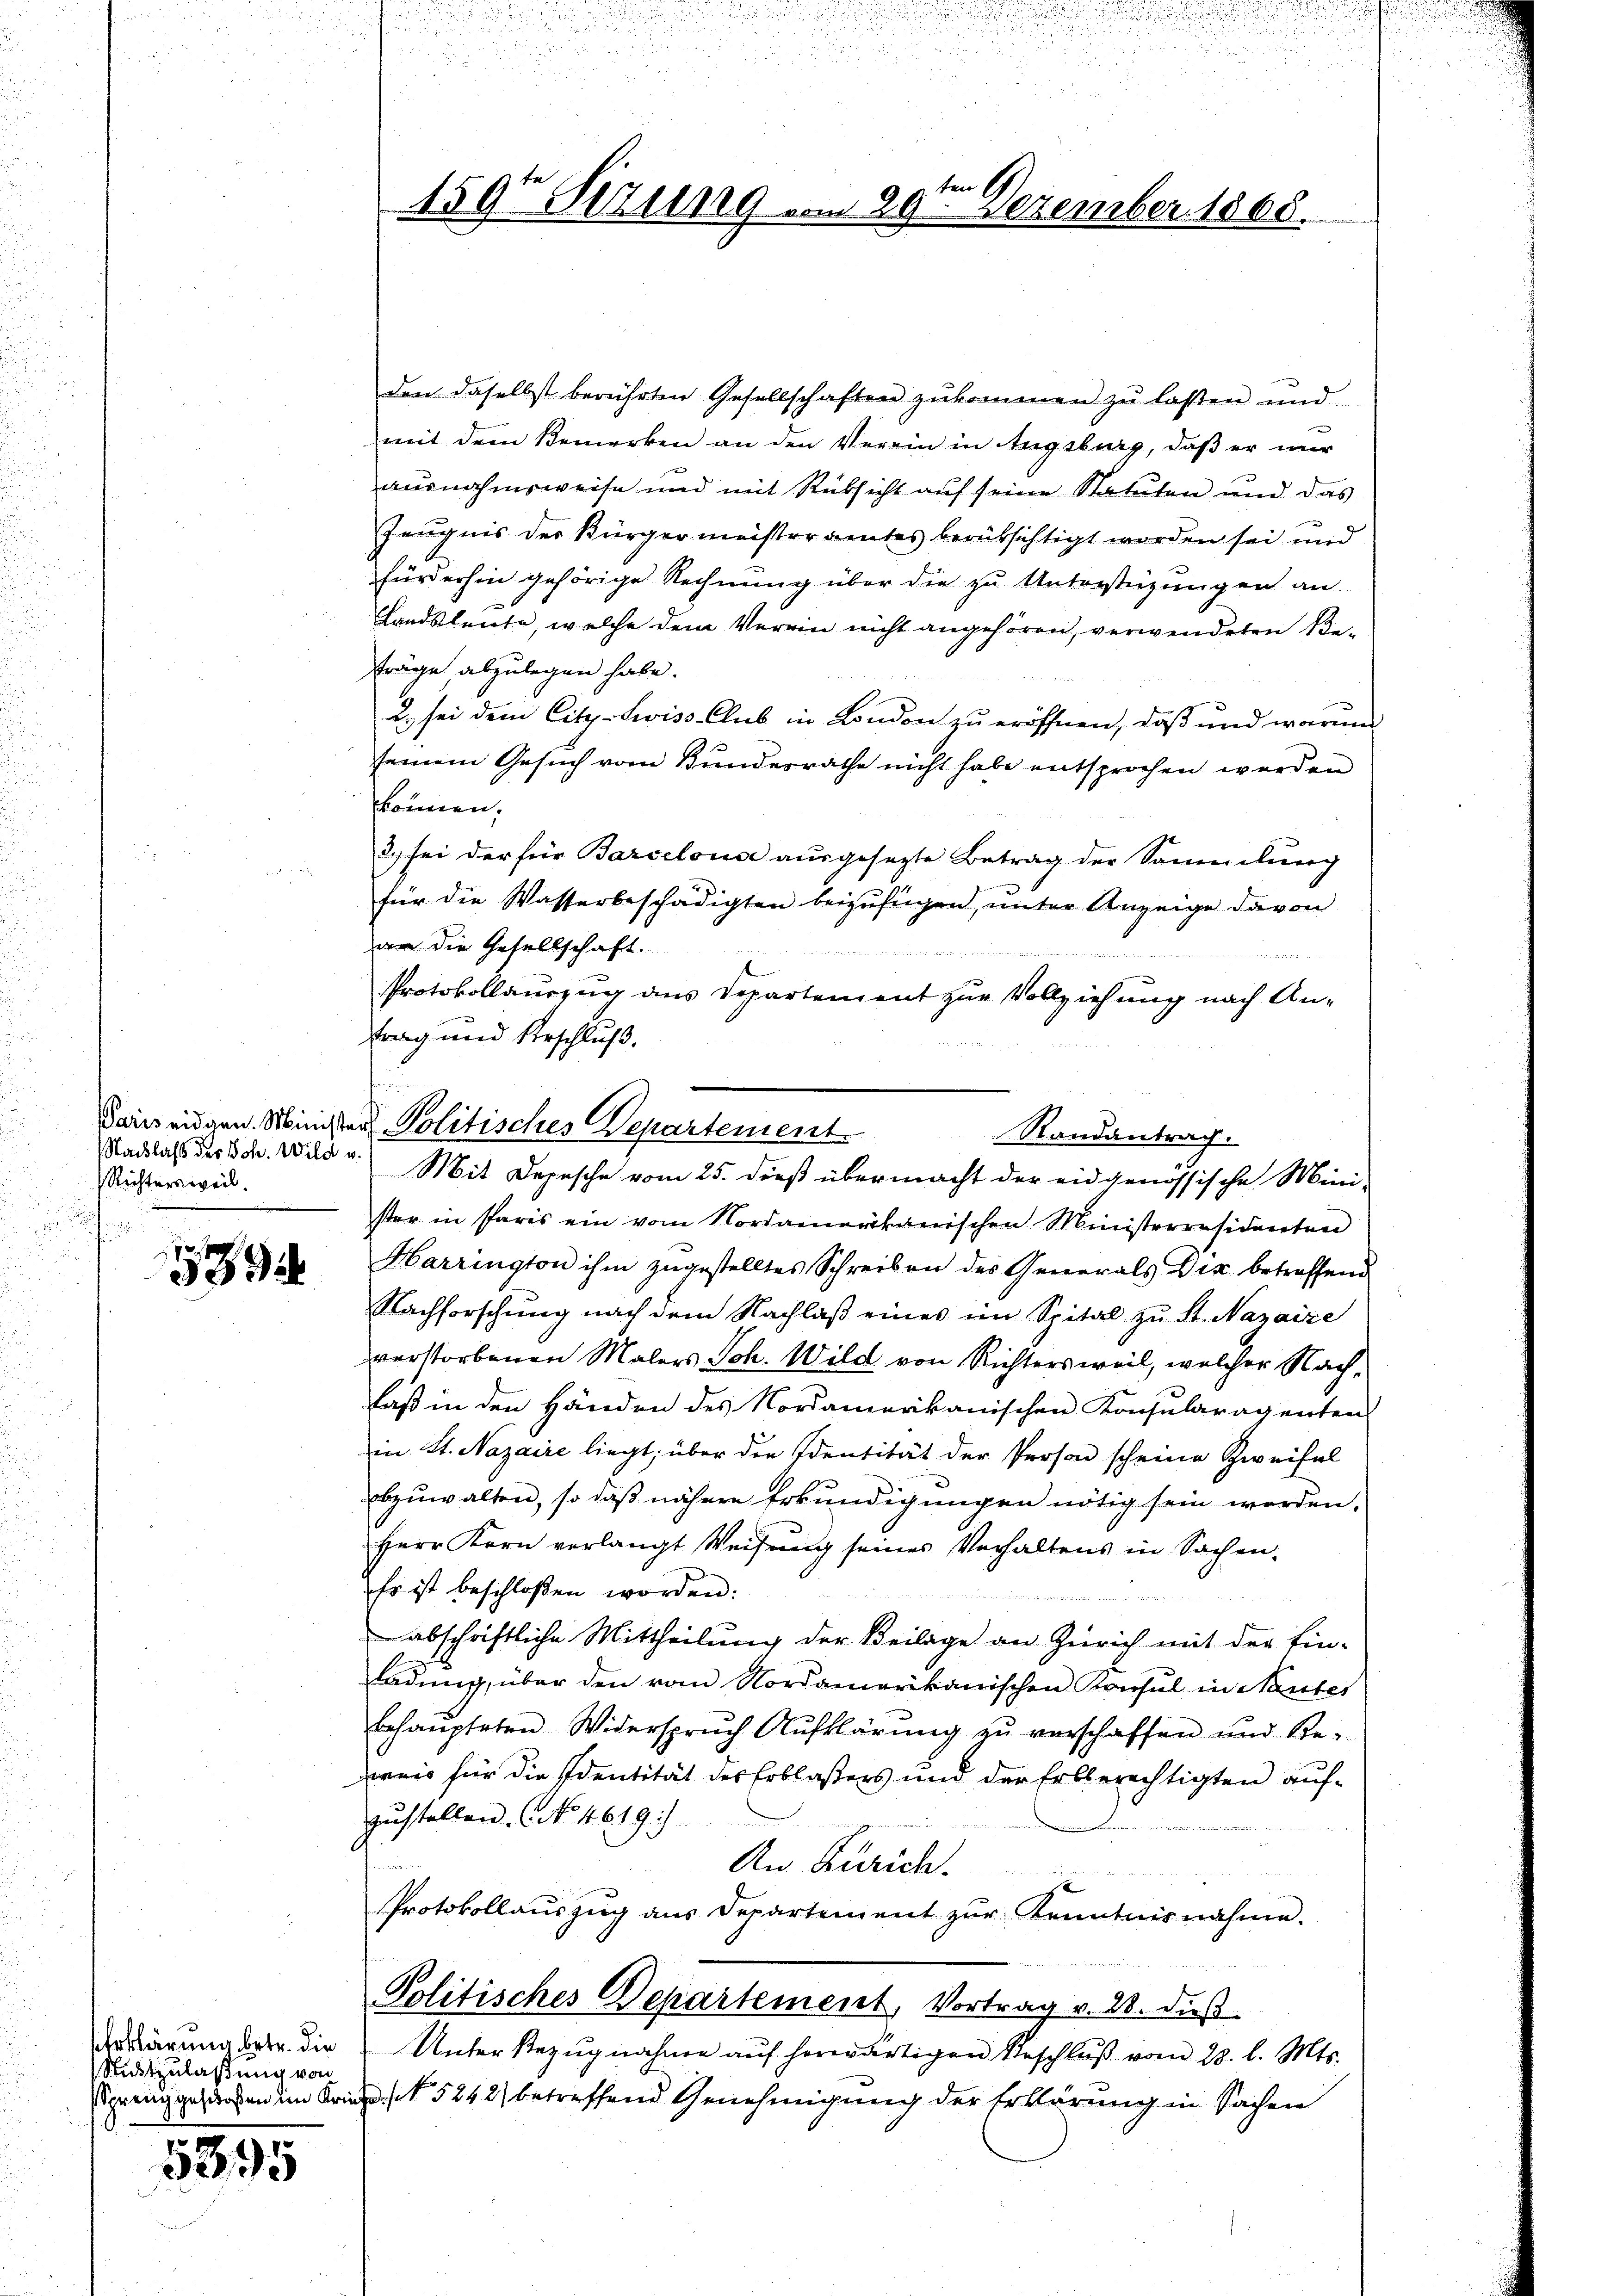
Paris eidgen. Ministe
Nachlaß des Joh. Wild u.
Rechtersweil.

9

Erklärung betr. die
Nutzulaßung von
Spreng geschoßen im Krie¬

5395

s

e
1597 Stzung vom 29. Dezember 1865.

n
u Politisches Departement
Randantrag.
Mit Depesche vom 25. dieß übermacht der eidgenössische Mini-

d

den daselbst berührten Gesellschaften zŭkommen zŭ lassen und
mit dem Bemerken an den Verein in Augsburg, daβ er nur
ausnahmsweise und mit Rüksicht auf seine Statuten und das
Zeugnis der Bürgermeisteramtes berüksichtigt worden sei und
fürderhin gehörige Rechnung über die zu Unterstüzungen an
Landsleute, welche dem Verein nicht angehören, verwendeten Beträge abzulegen habe.
u. sei dem City-Swiss Club in London zu eröffnen, daß und warum
seinem Gesuch vom Bundesrathe nicht habe entsprochen werden
können.
3.) sei der für Barcelouse aŭsgesezte Betrag der Sammlung
für die Wasserbeschädigten beizufügen, unter Anzeige davon
an die Gesellschaft.
r
Protokollauszug aus Departement zur Vollziehung nach Antrag und Erschluß.
ster in Paris ein vom Nordamerikanischen Ministerresidenten
Harrington ihm zugestelltes Schreiben des Generals Dir betreffend
Nachforschung nach dem Nachlaß eines im Spital zu St. Nazaize
verstorbenen Malers Joh. Wild von Richtersweil, welcher Nachlaß in den Händen des Nordamerikanischen Konsularagenten
in St. Nazaire liegt; über die Identität der Person scheine Zweifel
bzuwalten, so daß nähere Erkundigungen nötig sein worden.
Herr Kern verlangt Weisung seines Verhaltens in Sachen¬
Es ist beschloßen worden:
abschriftliche Mittheilung der Beilage an Zürich mit der Ein-
adung, über den vom Nordamerikanischen Konsul in Nanter
behaupteten Widerspruch Aufklärung zu verschaffen und Re-
weis für die Identität des Erblassers und der Erbberechtigten aufzustellen. No. 4619)
An Zürich.
Protokollauszug aus Departement zŭr Kenntnisnahme.
Politisches Departement, Vortrag v. 28. dieß
Unter stezugnahme auf hererfertigen Beschluß vom 23. l. Mts.
N 5242) betreffend Genehmigung der Erklärung in Sachen